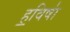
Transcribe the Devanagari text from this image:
ह॒विषा॑